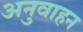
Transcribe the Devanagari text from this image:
अनुवाहन